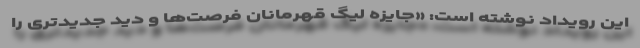
این رویداد نوشته است: «جایزه لیگ قهرمانان فرصت‌ها و دید جدیدتری را